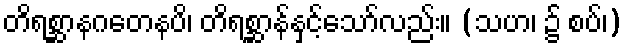
တိရစ္ဆာနဂတေနပိ၊ တိရစ္ဆာန်နှင့်သော်လည်း။ (သဟ၊ ၌ စပ်၊)